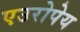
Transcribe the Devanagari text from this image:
एउरोपेय